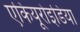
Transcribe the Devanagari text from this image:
एकियूरोइडिया